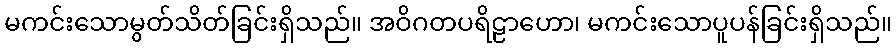
မကင်းသောမွတ်သိတ်ခြင်းရှိသည်။ အဝိဂတပရိဠာဟော၊ မကင်းသောပူပန်ခြင်းရှိသည်။